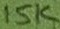
Text: 15K